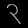
Digit: ၃